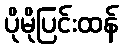
ပိုမိုပြင်းထန်